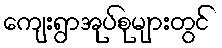
ကျေးရွာအုပ်စုများတွင်